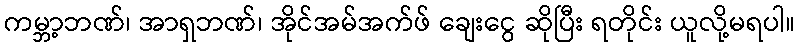
ကမ္ဘာ့ဘဏ်၊ အာရှဘဏ်၊ အိုင်အမ်အက်ဖ် ချေးငွေ ဆိုပြီး ရတိုင်း ယူလို့မရပါ။